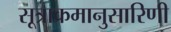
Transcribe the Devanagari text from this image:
सूत्राक्रमानुसारिणी